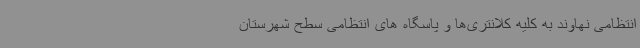
انتظامی نهاوند به کلیه‌ کلانتری‌ها و پاسگاه ‌های انتظامی سطح شهرستان